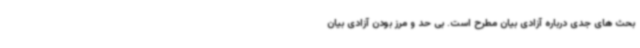
بحث های جدی درباره آزادی بیان مطرح است. بی حد و مرز بودن آزادی بیان